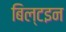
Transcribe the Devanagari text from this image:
बिल्टइन